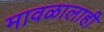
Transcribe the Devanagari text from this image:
मावळालाही